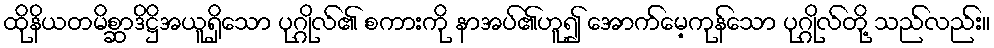
ထိုနိယတမိစ္ဆာဒိဋ္ဌိအယူရှိသော ပုဂ္ဂိုလ်၏ စကားကို နာအပ်၏ဟူ၍ အောက်မေ့ကုန်သော ပုဂ္ဂိုလ်တို့ သည်လည်း။